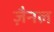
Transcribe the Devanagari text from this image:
ज़ैनल